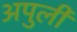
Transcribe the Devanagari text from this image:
अपुलीं